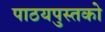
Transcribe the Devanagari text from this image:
पाठयपुस्तको